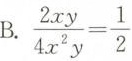
B.$$\frac { 2 x y } { 4 x ^ { 2 } y } = \frac { 1 } { 2 }$$